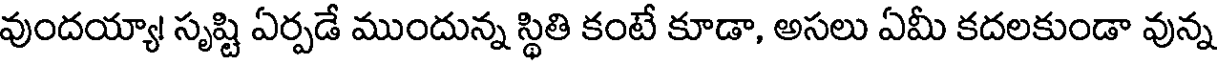
వుందయ్యా! సృష్టి ఏర్పడే ముందున్న స్థితి కంటే కూడా, అసలు ఏమీ కదలకుండా వున్న